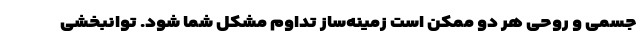
جسمی و روحی هر دو ممکن است زمینه‌ساز تداوم مشکل شما شود. توانبخشی